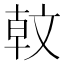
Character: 𣁖